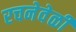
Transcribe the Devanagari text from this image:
रचनेवेळी